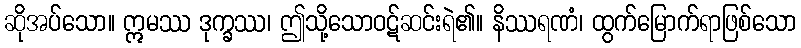
ဆိုအပ်သော။ ဣမဿ ဒုက္ခဿ၊ ဤသို့သောဝဋ်ဆင်းရဲ၏။ နိဿရဏံ၊ ထွက်မြောက်ရာဖြစ်သော